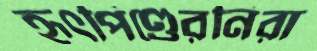
হৃৎপিণ্ডেরনিরা